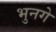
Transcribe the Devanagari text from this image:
भुनगे